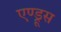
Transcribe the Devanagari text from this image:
एण्ड्रूस